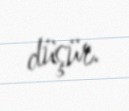
düşür.